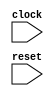


module dut_dummy( input clock, input reset);

endmodule